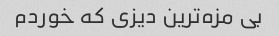
بی مزه‌ترین دیزی که خوردم